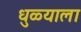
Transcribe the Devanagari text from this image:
धुळ्याला